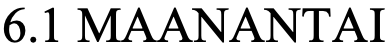
6.1 MAANANTAI